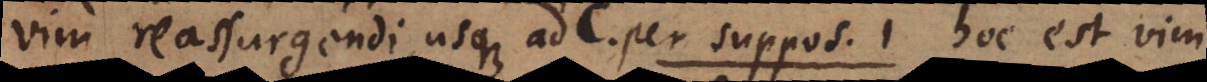
vim reassurgendi usque ad C, per suppos. 1, hoc est, vim